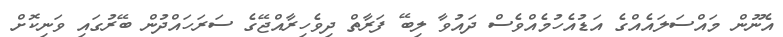
އެނޫން މައްސަލައެއްގެ އަޑުއެހުމެއްވެސް ދައުވާ ލިބޭ ފަރާތް ދިވެހިރާއްޖޭގެ ސަރަހައްދުން ބޭރުގައި ވަނިކޮށް